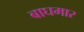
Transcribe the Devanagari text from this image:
बाघमार